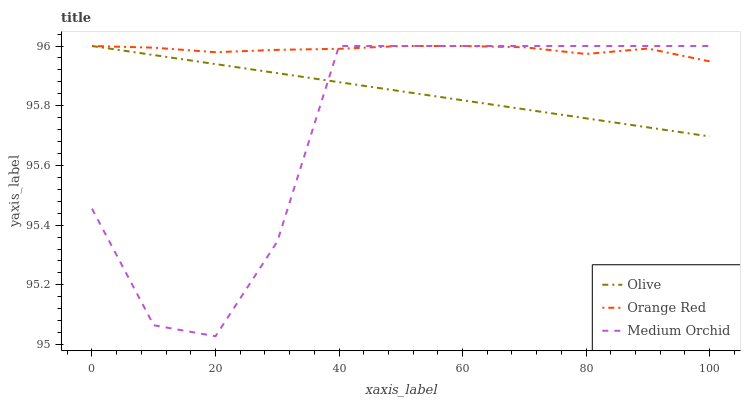
| xaxis_label | Olive | Orange Red | Medium Orchid |
 | --- | --- | --- | --- |
 | 0 | 96 | 96 | 95.5 |
 | 10 | 96 | 96 | 95.1 |
 | 20 | 95.9 | 96 | 95 |
 | 30 | 95.9 | 96 | 95.3 |
 | 40 | 95.9 | 96 | 96 |
 | 50 | 95.8 | 96 | 96 |
 | 60 | 95.8 | 96 | 96 |
 | 70 | 95.8 | 96 | 96 |
 | 80 | 95.8 | 96 | 96 |
 | 90 | 95.7 | 96 | 96 |
 | 100 | 95.7 | 95.9 | 96 |